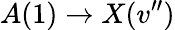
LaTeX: A(1)\rightarrow X(v^{\prime\prime})